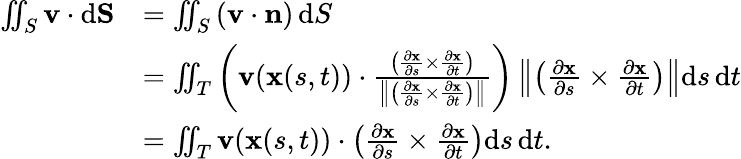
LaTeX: \begin{array}{rl}{\iint_{S}{\mathbf v}\cdot\mathrm d{\mathbf{S}}}&{=\iint_{S}\left({\mathbf v}\cdot{\mathbf n}\right)\, \mathrm dS}\\ &{=\iint_{T}\left({\mathbf v}(\mathbf{x}(s,t))\cdot{\frac{\left({\frac{\partial\mathbf{x}}{\partial s}}\times{\frac{\partial\mathbf{x}}{\partial t}}\right)}{\left\| \left({\frac{\partial\mathbf{x}}{\partial s}}\times{\frac{\partial\mathbf{x}}{\partial t}}\right)\right\| }}\right)\left\| \left({\frac{\partial\mathbf{x}}{\partial s}}\times{\frac{\partial\mathbf{x}}{\partial t}}\right)\right\| \mathrm ds\, \mathrm dt}\\ &{=\iint_{T}{\mathbf v}(\mathbf{x}(s,t))\cdot\left({\frac{\partial\mathbf{x}}{\partial s}}\times{\frac{\partial\mathbf{x}}{\partial t}}\right)\mathrm ds\, \mathrm dt.}\end{array}